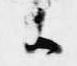
候